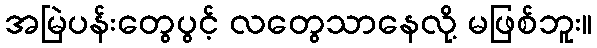
အမြဲပန်းတွေပွင့် လတွေသာနေလို့ မဖြစ်ဘူး။